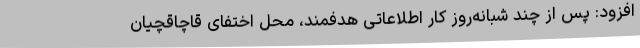
افزود: پس از چند شبانه‌روز کار اطلاعاتی هدفمند، محل اختفای قاچاقچیان